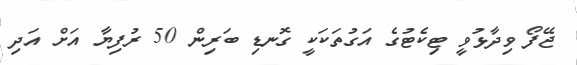
ޖޭފޯ ވިދާޅުވީ ޓިކެޓުގެ އަގުތަކަކީ ގޮނޑި ބަރިން 50 ރުފިޔާ އަށް އަދި